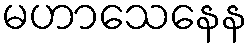
မဟာသေနေန